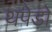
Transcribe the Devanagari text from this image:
थपेड़ो